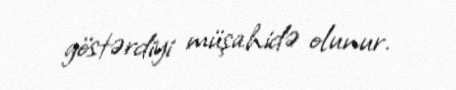
göstərdiyi müşahidə olunur.